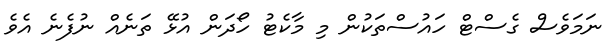
ނަމަވެސް ގެސްޓް ހައުސްތަކުން މި މާކެޓު ހޯދަން އުޅޭ ތަނެއް ނުފެނެ އެވެ